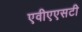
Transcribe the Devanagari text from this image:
एवीएएसटी